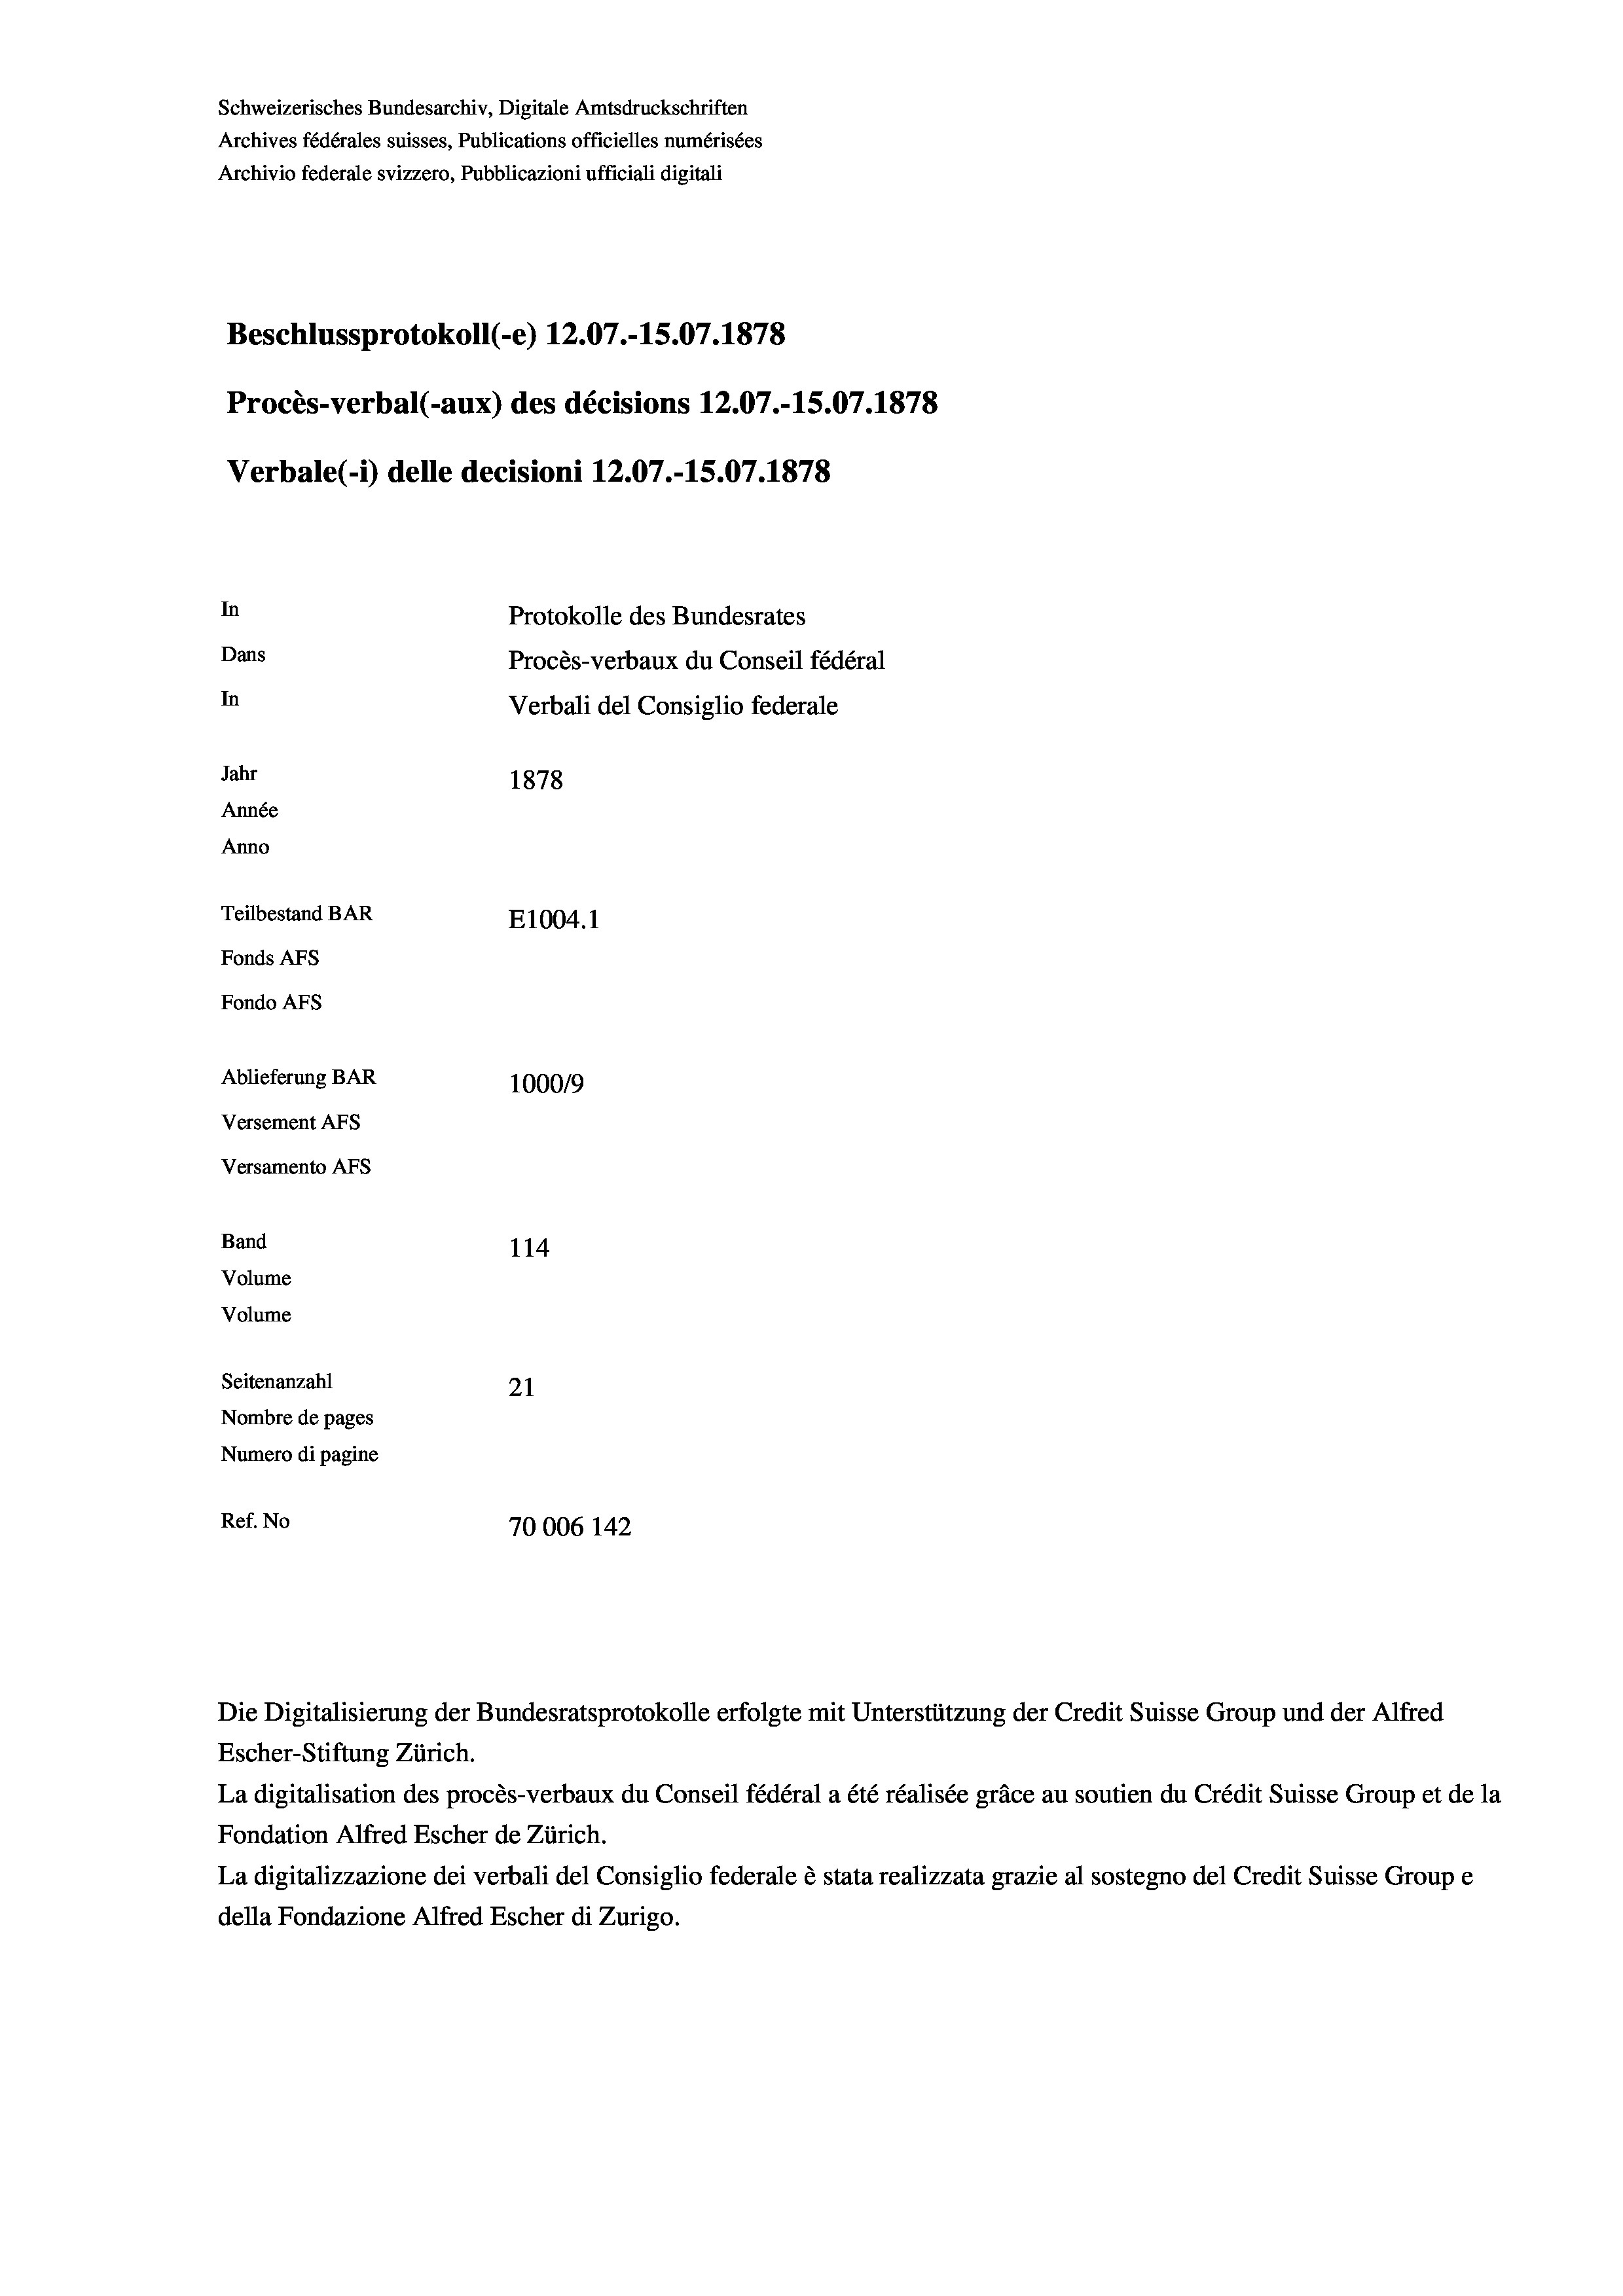
Schweizerisches Bundesarchiv, Digitale Amtsdruckschriften
Archives fédérales suisses, Publications officielles numérisées
Archivio federale svizzero, Pubblicazioni ufficiali digitali
Beschlussprotokoll (-e) 12.07.-15.07. 1878
Procès-verbal (-aux) des décisions 12.07.-15.07. 1878
Verbale(- 1) delle decisioni 12.07.-15.07. 1878
In
Protokolle des Bundesrates
Dans
Procès-verbaux du Conseil fédéral
In
Verbali del Consiglio federale
Jahr
1878
Année
Anno
Teilbestand BAR
E1004. 1
Fonds AEs
Fondo Afs
Ablieferung BAR
100019
Versement AFs
Versamento Afs
Band
114
Volume
Volume
Seitenanzahl
21
Nombre de pages
Numero di pagine
Ref. No
70006 142

Escher-Stiftung Zürich.
La digitalisation des procès-verbaux du Conseil fédéral a été réalisée gräce au soutien du Crédit Suisse Group et de la
Fondation Alfred Escher de Zürich.
La digitalizzazione dei verbali del Consiglio federale è stata realizzata grazie al sostegno del Credit Suisse Groupe
della Fondazione Alfred Escher di Zurigo.

Die Digitalisierung der Bundesratsprotokolle erfolgte mit Unterstützung der Credit Suisse Group und der Alfred